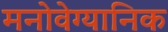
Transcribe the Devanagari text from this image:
मनोवेग्यानिक